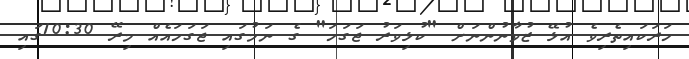
ހަރަކައިތެރިވެ އުޅޭ ޒުވާނުންނަށް "ކުޅިވަރު ޖަގަހަ" ގެ ނަމުގައި ޖަގަހައެއް މިރޭ 10:30ގައި